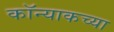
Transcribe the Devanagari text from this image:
कॉन्याकच्या